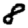
Digit: 8